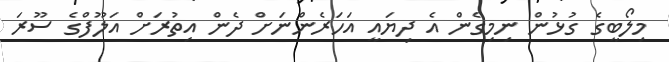
މިލޯބީގެ ގުޅުން ނިމިގެން އެ ދިޔައީ އަހަރެންނަށް ދެން އިތުރަށް އަލޫފްގެ ސޫރަ